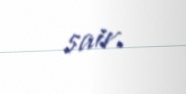
sair.